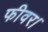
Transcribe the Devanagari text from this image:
फीवर।